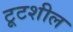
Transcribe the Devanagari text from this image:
टूटशील